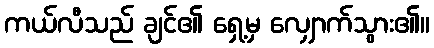
ကယ်လီသည် ချင်၏ ရှေ့မှ လျှောက်သွား၏။